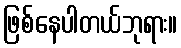
ဖြစ်နေပါတယ်ဘုရား။